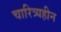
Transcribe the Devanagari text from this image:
चारित्र्यहीन